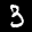
Label: 3